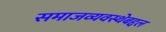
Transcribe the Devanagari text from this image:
समाजव्यवस्थेबद्दल